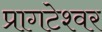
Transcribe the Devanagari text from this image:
प्रागटेश्वर